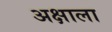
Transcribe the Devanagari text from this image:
अक्षाला